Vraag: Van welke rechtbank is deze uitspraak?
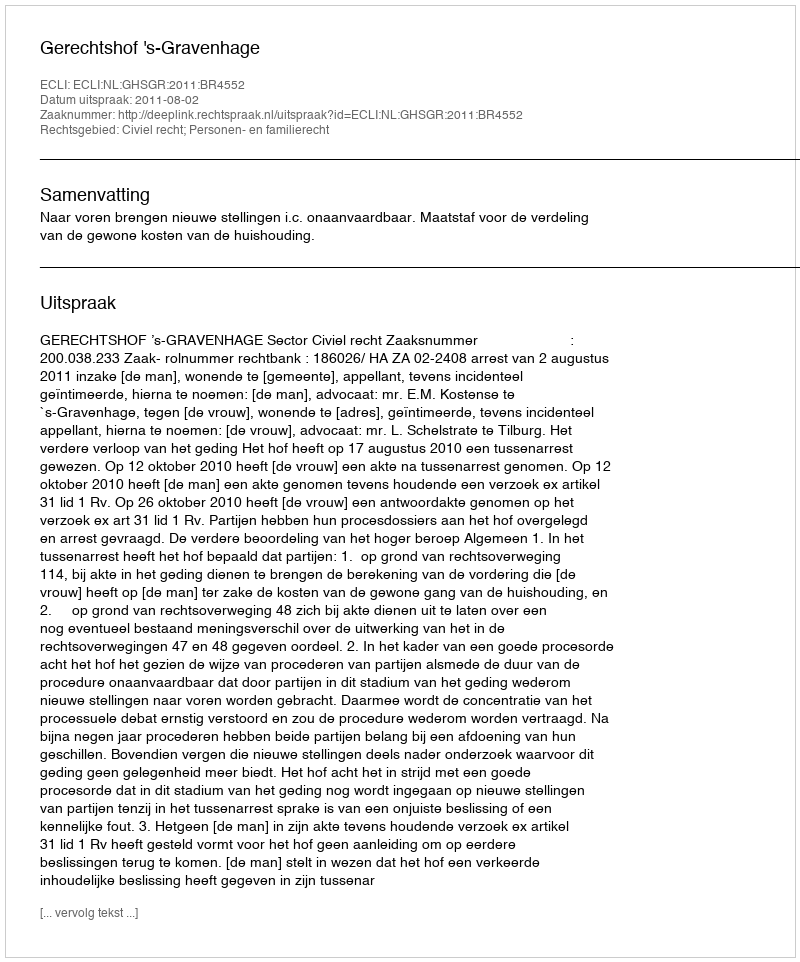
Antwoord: Gerechtshof 's-Gravenhage